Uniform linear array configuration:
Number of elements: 4
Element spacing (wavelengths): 0.5
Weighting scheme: uniform
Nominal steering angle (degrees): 0
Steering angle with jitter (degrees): -1.971
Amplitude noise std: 0.05
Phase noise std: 0.05

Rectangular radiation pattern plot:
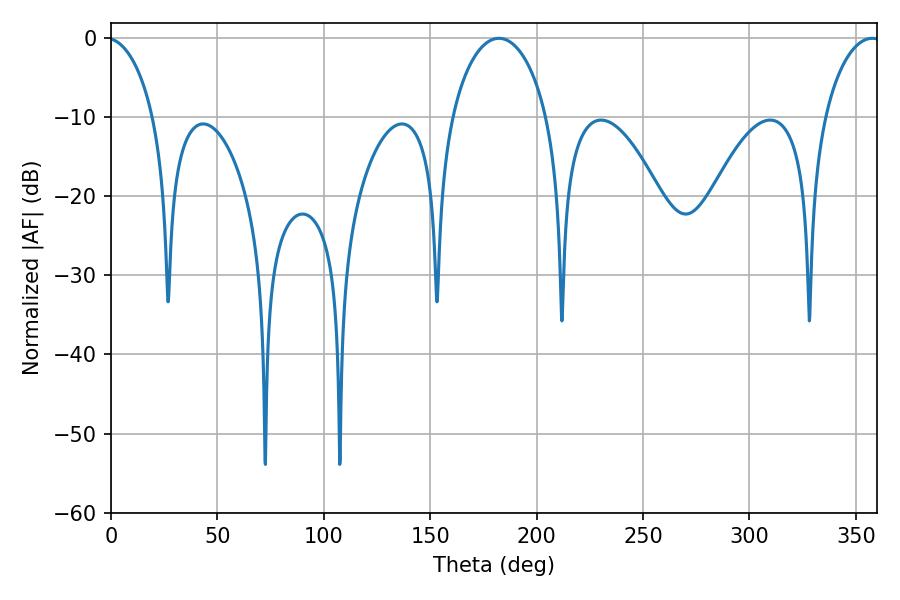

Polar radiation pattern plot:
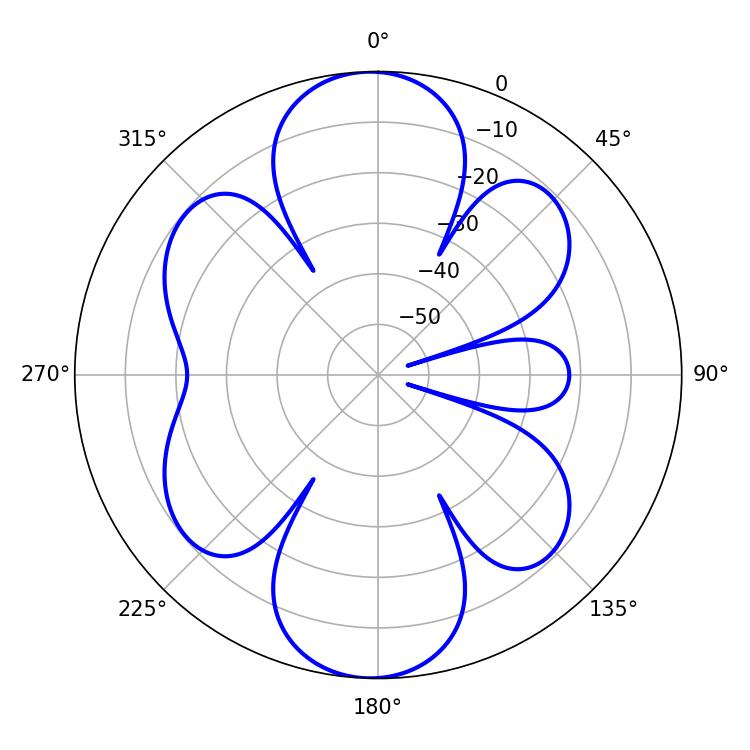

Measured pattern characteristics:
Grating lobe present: FALSE
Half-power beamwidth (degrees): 25.92
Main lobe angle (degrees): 182.34